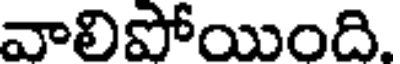
వాలిపోయింది.